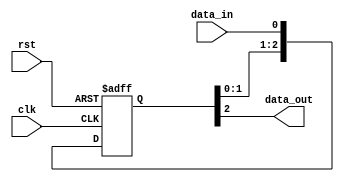
module synchronizer (
    input wire clk,
    input wire rst,
    input wire data_in,
    output reg data_out
);

reg [2:0] sync_reg;

always @(posedge clk or posedge rst) begin
    if (rst) begin
        sync_reg <= 3'b0;
    end else begin
        sync_reg <= {sync_reg[1:0], data_in};
    end
end

assign data_out = sync_reg[2];

endmodule